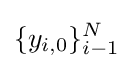
\{y_{i,0}\}_{i-1}^{N}